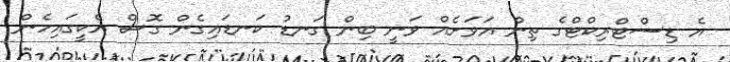
އެ ޑިސްޓްރިކްޓްގެ ތިން އަވަށެއް ވަނީ ބިން ގަނޑު ކަނޑައިގެން ގޮސް އެކީގައިހެން